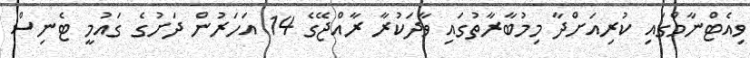
ވިއެޓްނާމްގައި ކުރިއަށްދާ މިމުބާރާތުގައި ވާދަކުރާ ރާއްޖޭގެ 14 އަހަރުން ދަށުގެ ގައުމީ ޓެނިސް